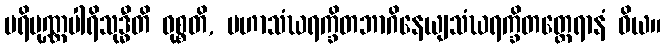
ပရိပုဏ္ဏပါရိသုဒ္ဓီတိ ဝုစ္စတိ, မဟာသံဃရက္ခိတဘာဂိနေယျသံဃရက္ခိတတ္ထေရာနံ ဝိယ။